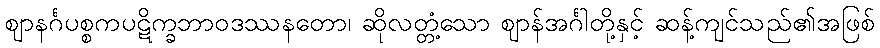
ဈာနင်္ဂပစ္စကပဋိက္ခဘာဝဒဿနတော၊ ဆိုလတ္တံ့သော ဈာန်အင်္ဂါတို့နှင့် ဆန့်ကျင်သည်၏အဖြစ်